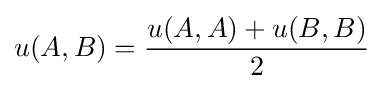
u(A,B)={\frac {u(A,A)+u(B,B)}{2}}